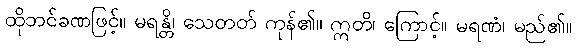
ထိုဘင်ခဏဖြင့်။ မရန္တိ၊ သေတတ် ကုန်၏။ ဣတိ၊ ကြောင့်။ မရဏံ၊ မည်၏။